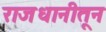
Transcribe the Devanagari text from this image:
राजधानीतून